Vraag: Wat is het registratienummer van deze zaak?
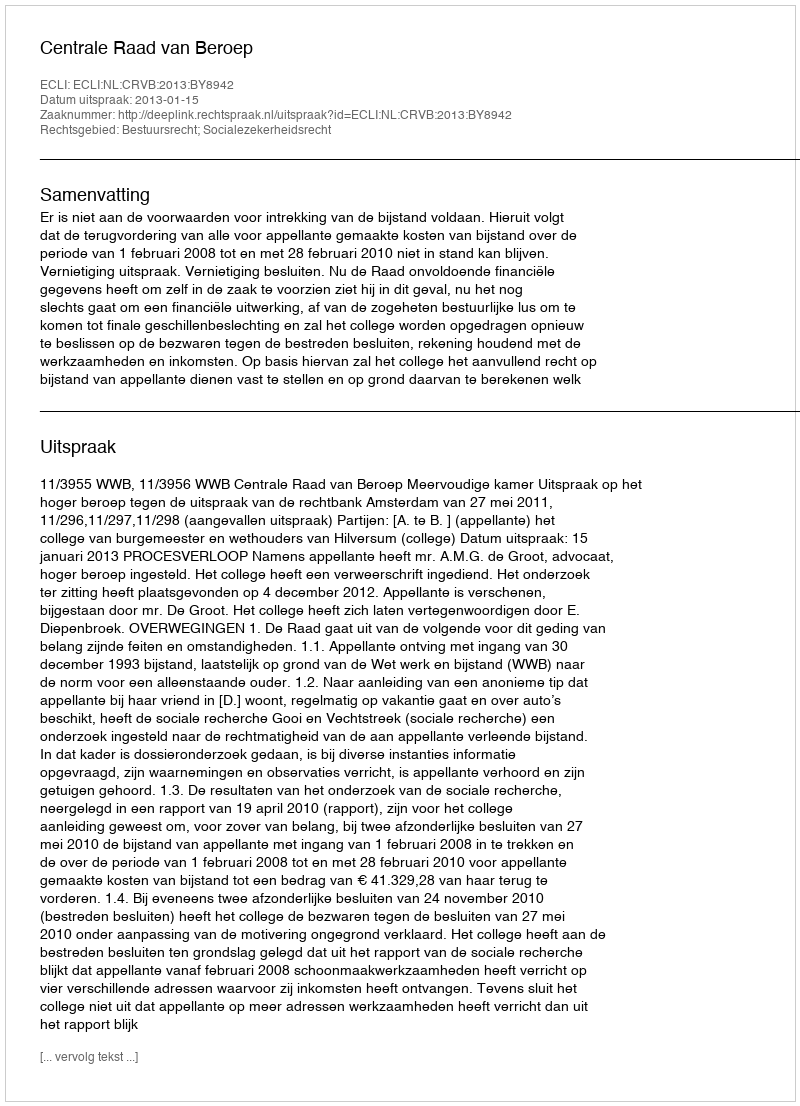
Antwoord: http://deeplink.rechtspraak.nl/uitspraak?id=ECLI:NL:CRVB:2013:BY8942